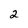
Character: 2